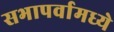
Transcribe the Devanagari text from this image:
सभापर्वामध्ये